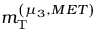
m _ { \mathrm { T } } ^ { \left( \mu _ { 3 } , M E T \right) }